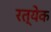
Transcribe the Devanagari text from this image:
रत्येक